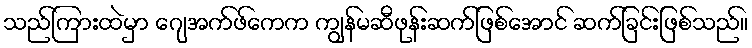
သည်ကြားထဲမှာ ဂျေအက်ဖ်ကေက ကျွန်မဆီဖုန်းဆက်ဖြစ်အောင် ဆက်ခြင်းဖြစ်သည်။